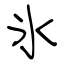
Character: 氷